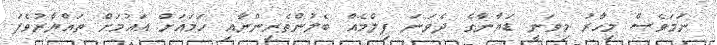
ނަމަވެސް މިހާރު މިވަނީ ޑަޔާނާގެ ދެވަނަ ފިލްމެއް ބެލުންތެރިންނާއި ހަމައަށް އައުމަށް ތައްޔާރުވެފަ